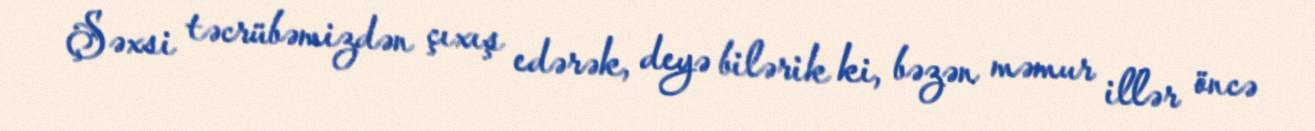
Şəxsi təcrübəmizdən çıxış edərək, deyə bilərik ki, bəzən məmur illər öncə